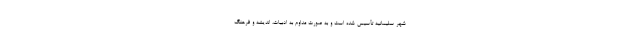
شهر سلیمانیه تأسیس شده است و به صورت مداوم به ادبیات، اندیشه و فرهنگ